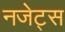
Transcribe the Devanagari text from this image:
नजेट्स